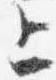
上